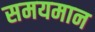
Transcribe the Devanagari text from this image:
समयमान